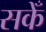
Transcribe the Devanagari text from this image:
सकेँ